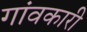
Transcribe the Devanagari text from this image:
गांवकारी